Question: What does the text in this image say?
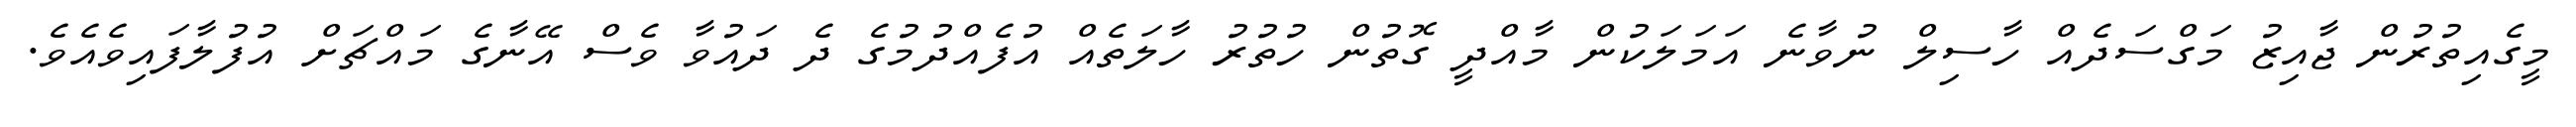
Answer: މީގެއިތުރުން ޖާއިޒު މަގްސަދެއް ހާސިލް ނުވާނެ އަމަލަކުން މާއްދީ ގޮތުން ހުތުރު ހާލަތެއް އުފެއްދުމުގެ ދެ ދައުވާ ވެސް އޭނާގެ މައްޗަށް އުފުލާފައިވެއެވެ.